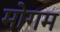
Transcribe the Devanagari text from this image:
मोगम